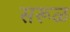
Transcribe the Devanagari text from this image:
सरूळ